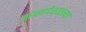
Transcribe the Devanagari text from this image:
बांग्लादेशातल्या